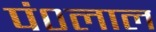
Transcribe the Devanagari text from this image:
पं०लाल